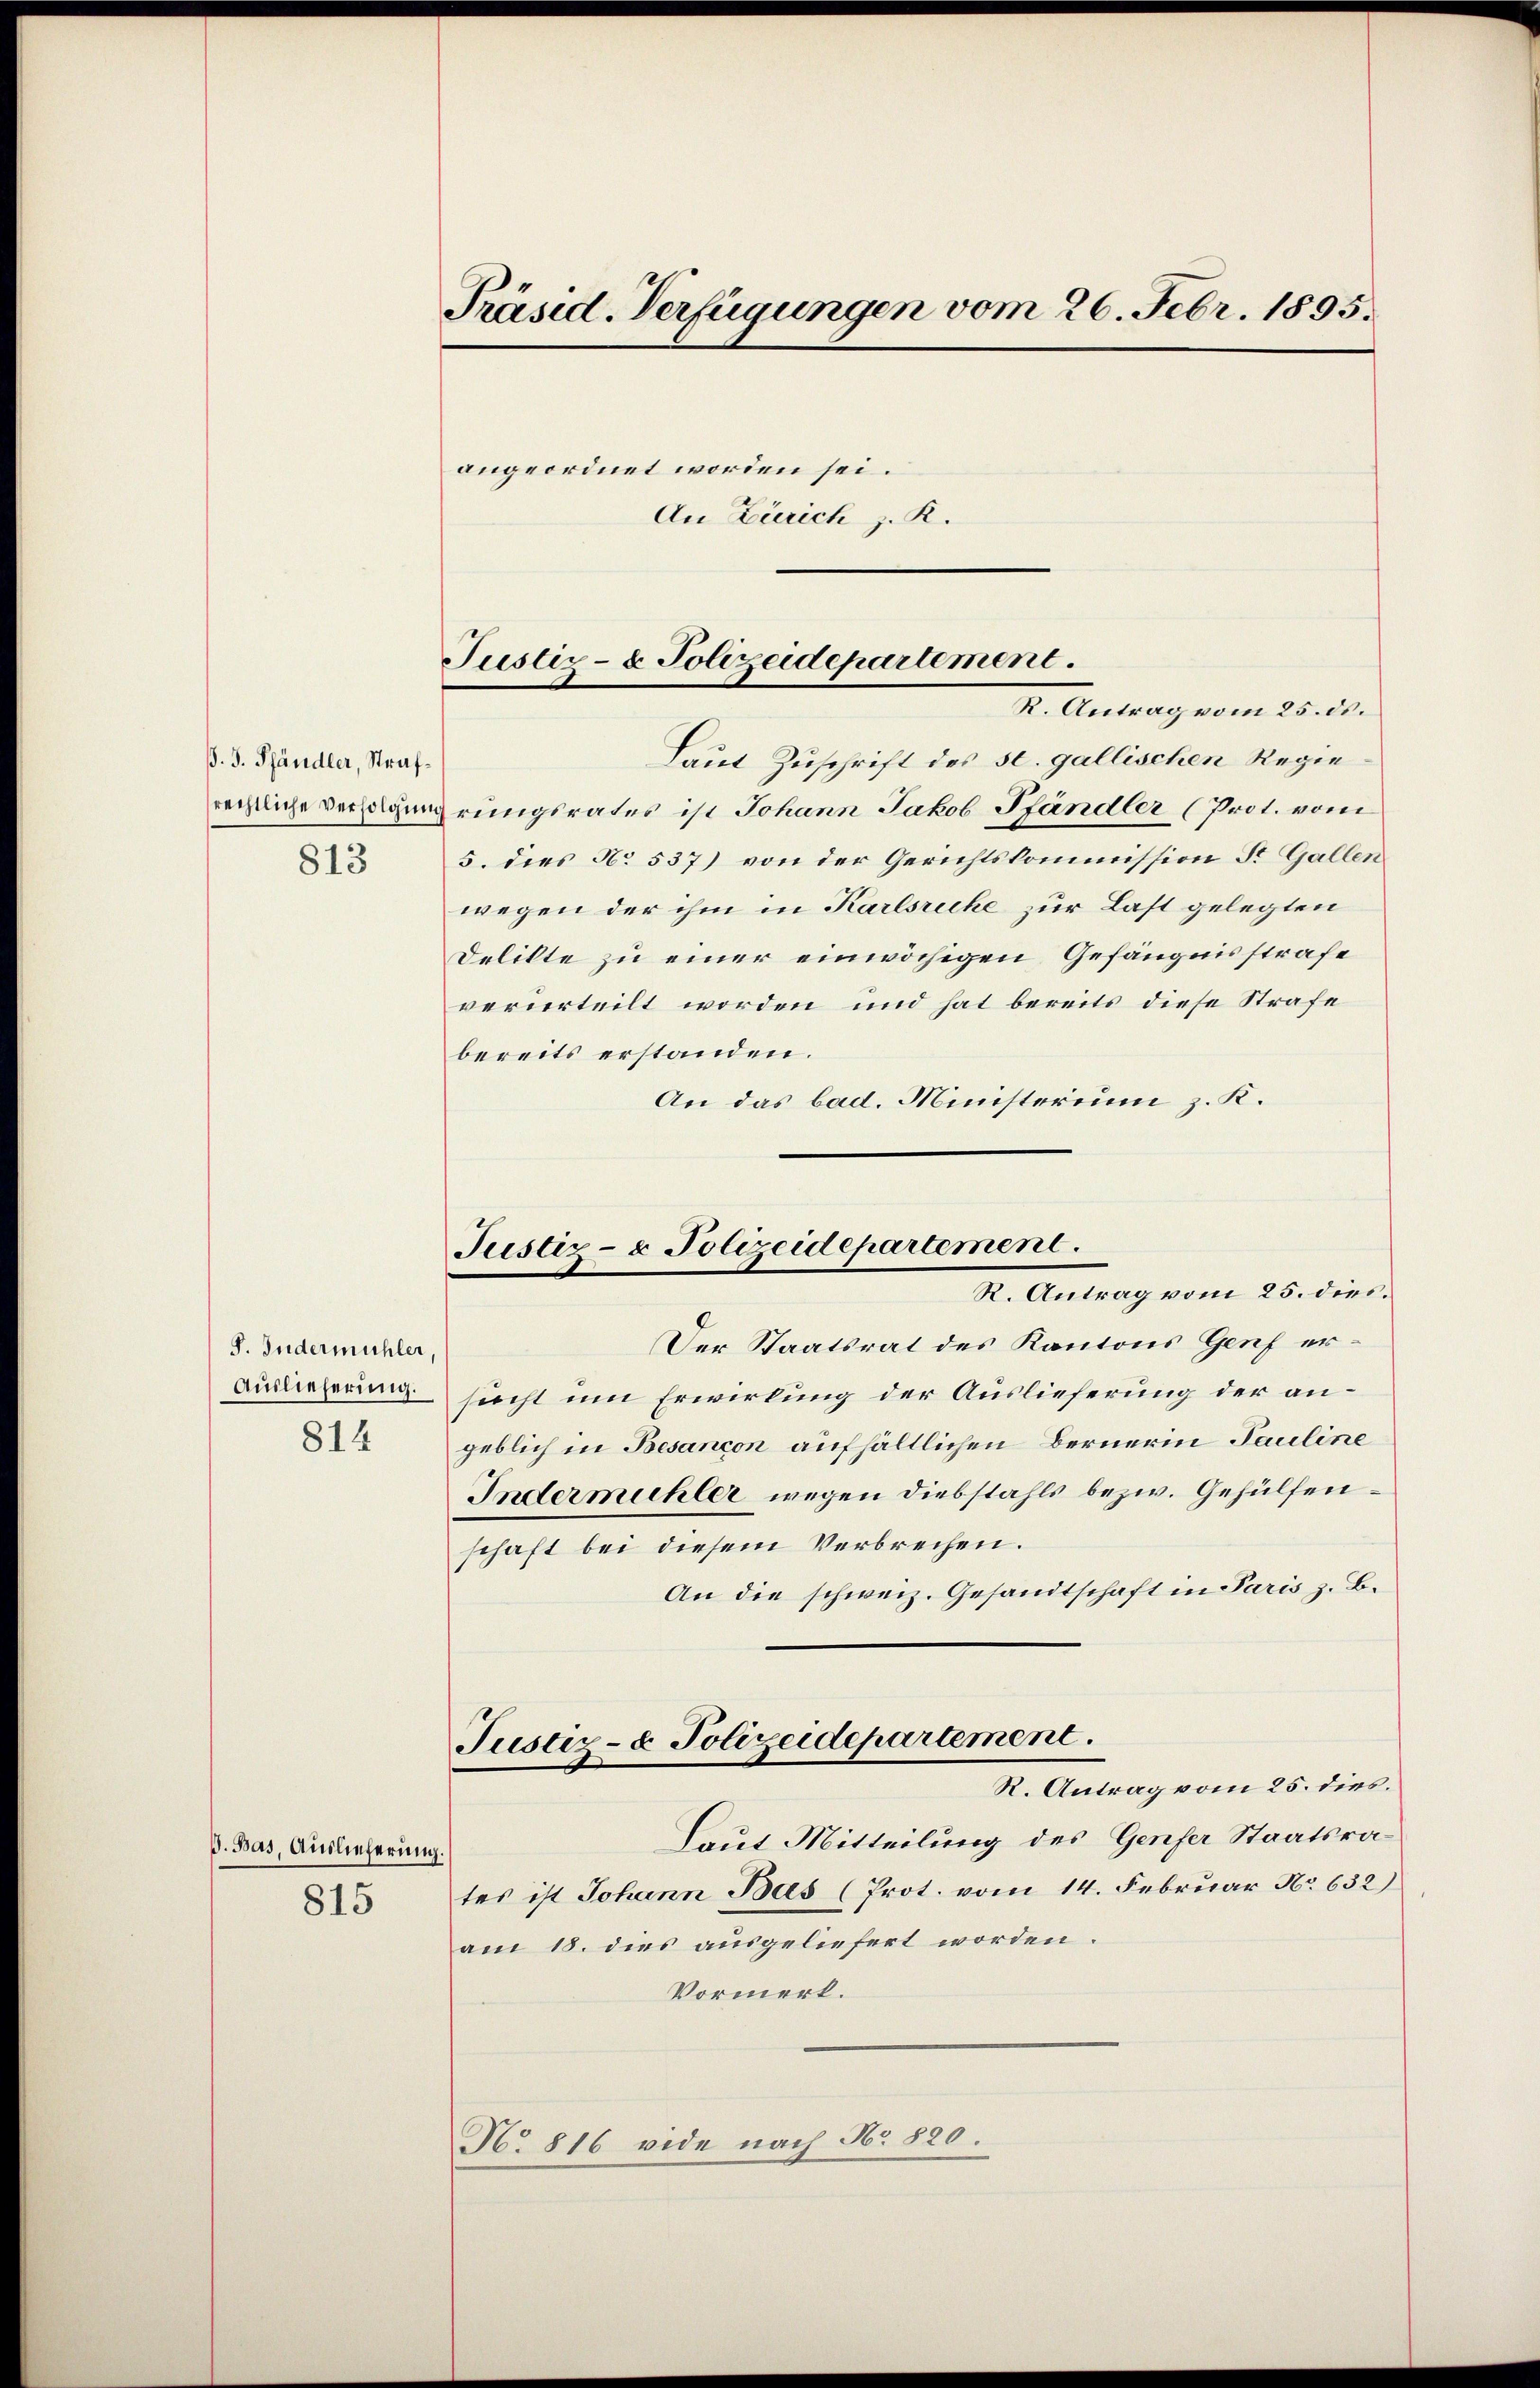
ß. F. Pfändler, Straf¬
813

S. Indermühler
Auslieferung.
814

ß. Bas, Auslieferin
815

Präsid. Verfügungen vom 26. Febr. 1895.

angeordnet worden sei.
An Zürich z. R.

Justiz- & Polizeidepartement.

K. Antrag vom 25. ds.
Laut Zuschrift des st. gallischen Regie
rechtliche Versammerungsrates ist Johann Jakob Pfändler (Prot. vom
5. dies No 537) von der Gerichtskommission St. Gallen
wegen der ihm in Karlsruhe zur Last gelegten
Delikte zu einer einwächigen Gefängnisstrafe
verierteilt worden und hat bereits diese Strafe
bereits erstanden.
An das bad. Ministerium z. K.

Justiz- & Polizeidepartement.
I. Antrag vom 20. dies

Der Staatsrat des Kantons Genf ersucht um Erwirkung der Auslieferung der angeblich in Besancon aufhältlichen Bernerin Pauline
Indermühler wegen Diebstahls bezw. Gehülfenschaft bei diesem Verbrechen.
An die schweiz. Gesandtschaft in Paris z. B.
Justiz- & Polizeidepartement.
R. Antrag vom 25. dies.
Laut Mitteilung des Genfer Staatsrates ist Johann Bas (Prot. vom 14. Februar No 632)
am 18. dies ausgeliefert worden.
Vormerk.
No. 816 vide nach No 820.